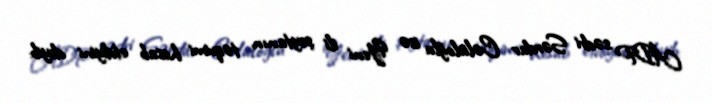
ADP sədri Sərdar Cəlaloğlu isə Yeni ili şeytanın təqvimi hesab etdiyini deyib: